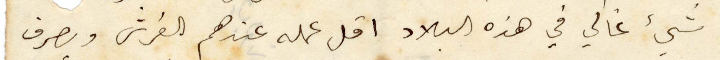
شي غالي غالي في هذه البلاد اقل عمله عندهم الغرش وبصرف